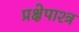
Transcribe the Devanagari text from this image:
प्रक्षेपाश्त्र